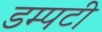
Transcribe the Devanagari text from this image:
डम्पटी